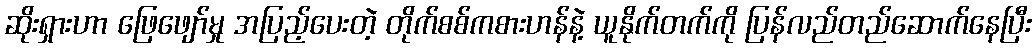
ဆိုးရှားဟာ ဖြေဖျော်မှု အပြည့်ပေးတဲ့ တိုက်စစ်ကစားဟန်နဲ့ ယူနိုက်တက်ကို ပြန်လည်တည်ဆောက်နေပြီး